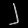
Digit: ၂